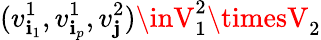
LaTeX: (v_{\mathbf{i}_{1}}^{1},v_{\mathbf{i}_{p}}^{1},v_{\mathbf{j}}^{2})\inV_{1}^{2}\timesV_{2}